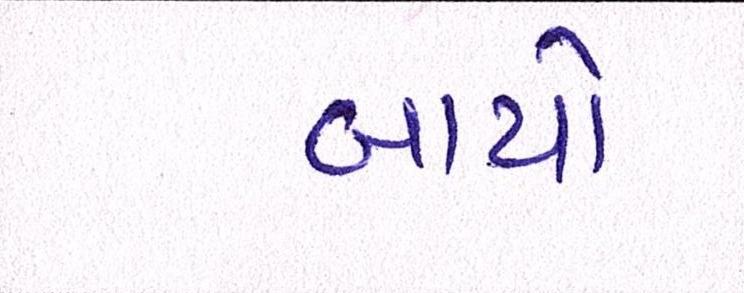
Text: બાયો